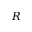
R